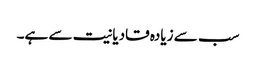
سب سے زیادہ قادیانیت سے ہے۔